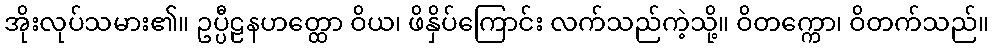
အိုးလုပ်သမား၏။ ဥပ္ပီဠနဟတ္ထော ဝိယ၊ ဖိနှိပ်ကြောင်း လက်သည်ကဲ့သို့။ ဝိတက္ကော၊ ဝိတက်သည်။